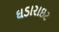
ઘડારાઇટ